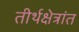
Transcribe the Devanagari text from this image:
तीर्थक्षेत्रांत